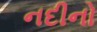
નદીનો